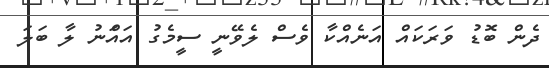
ދެން ބޮޑު ވަރަކައް އަނެއްކާ ވެސް ލެވޭނީ ސީމެގު އައަްނު ލާ ބަލަ